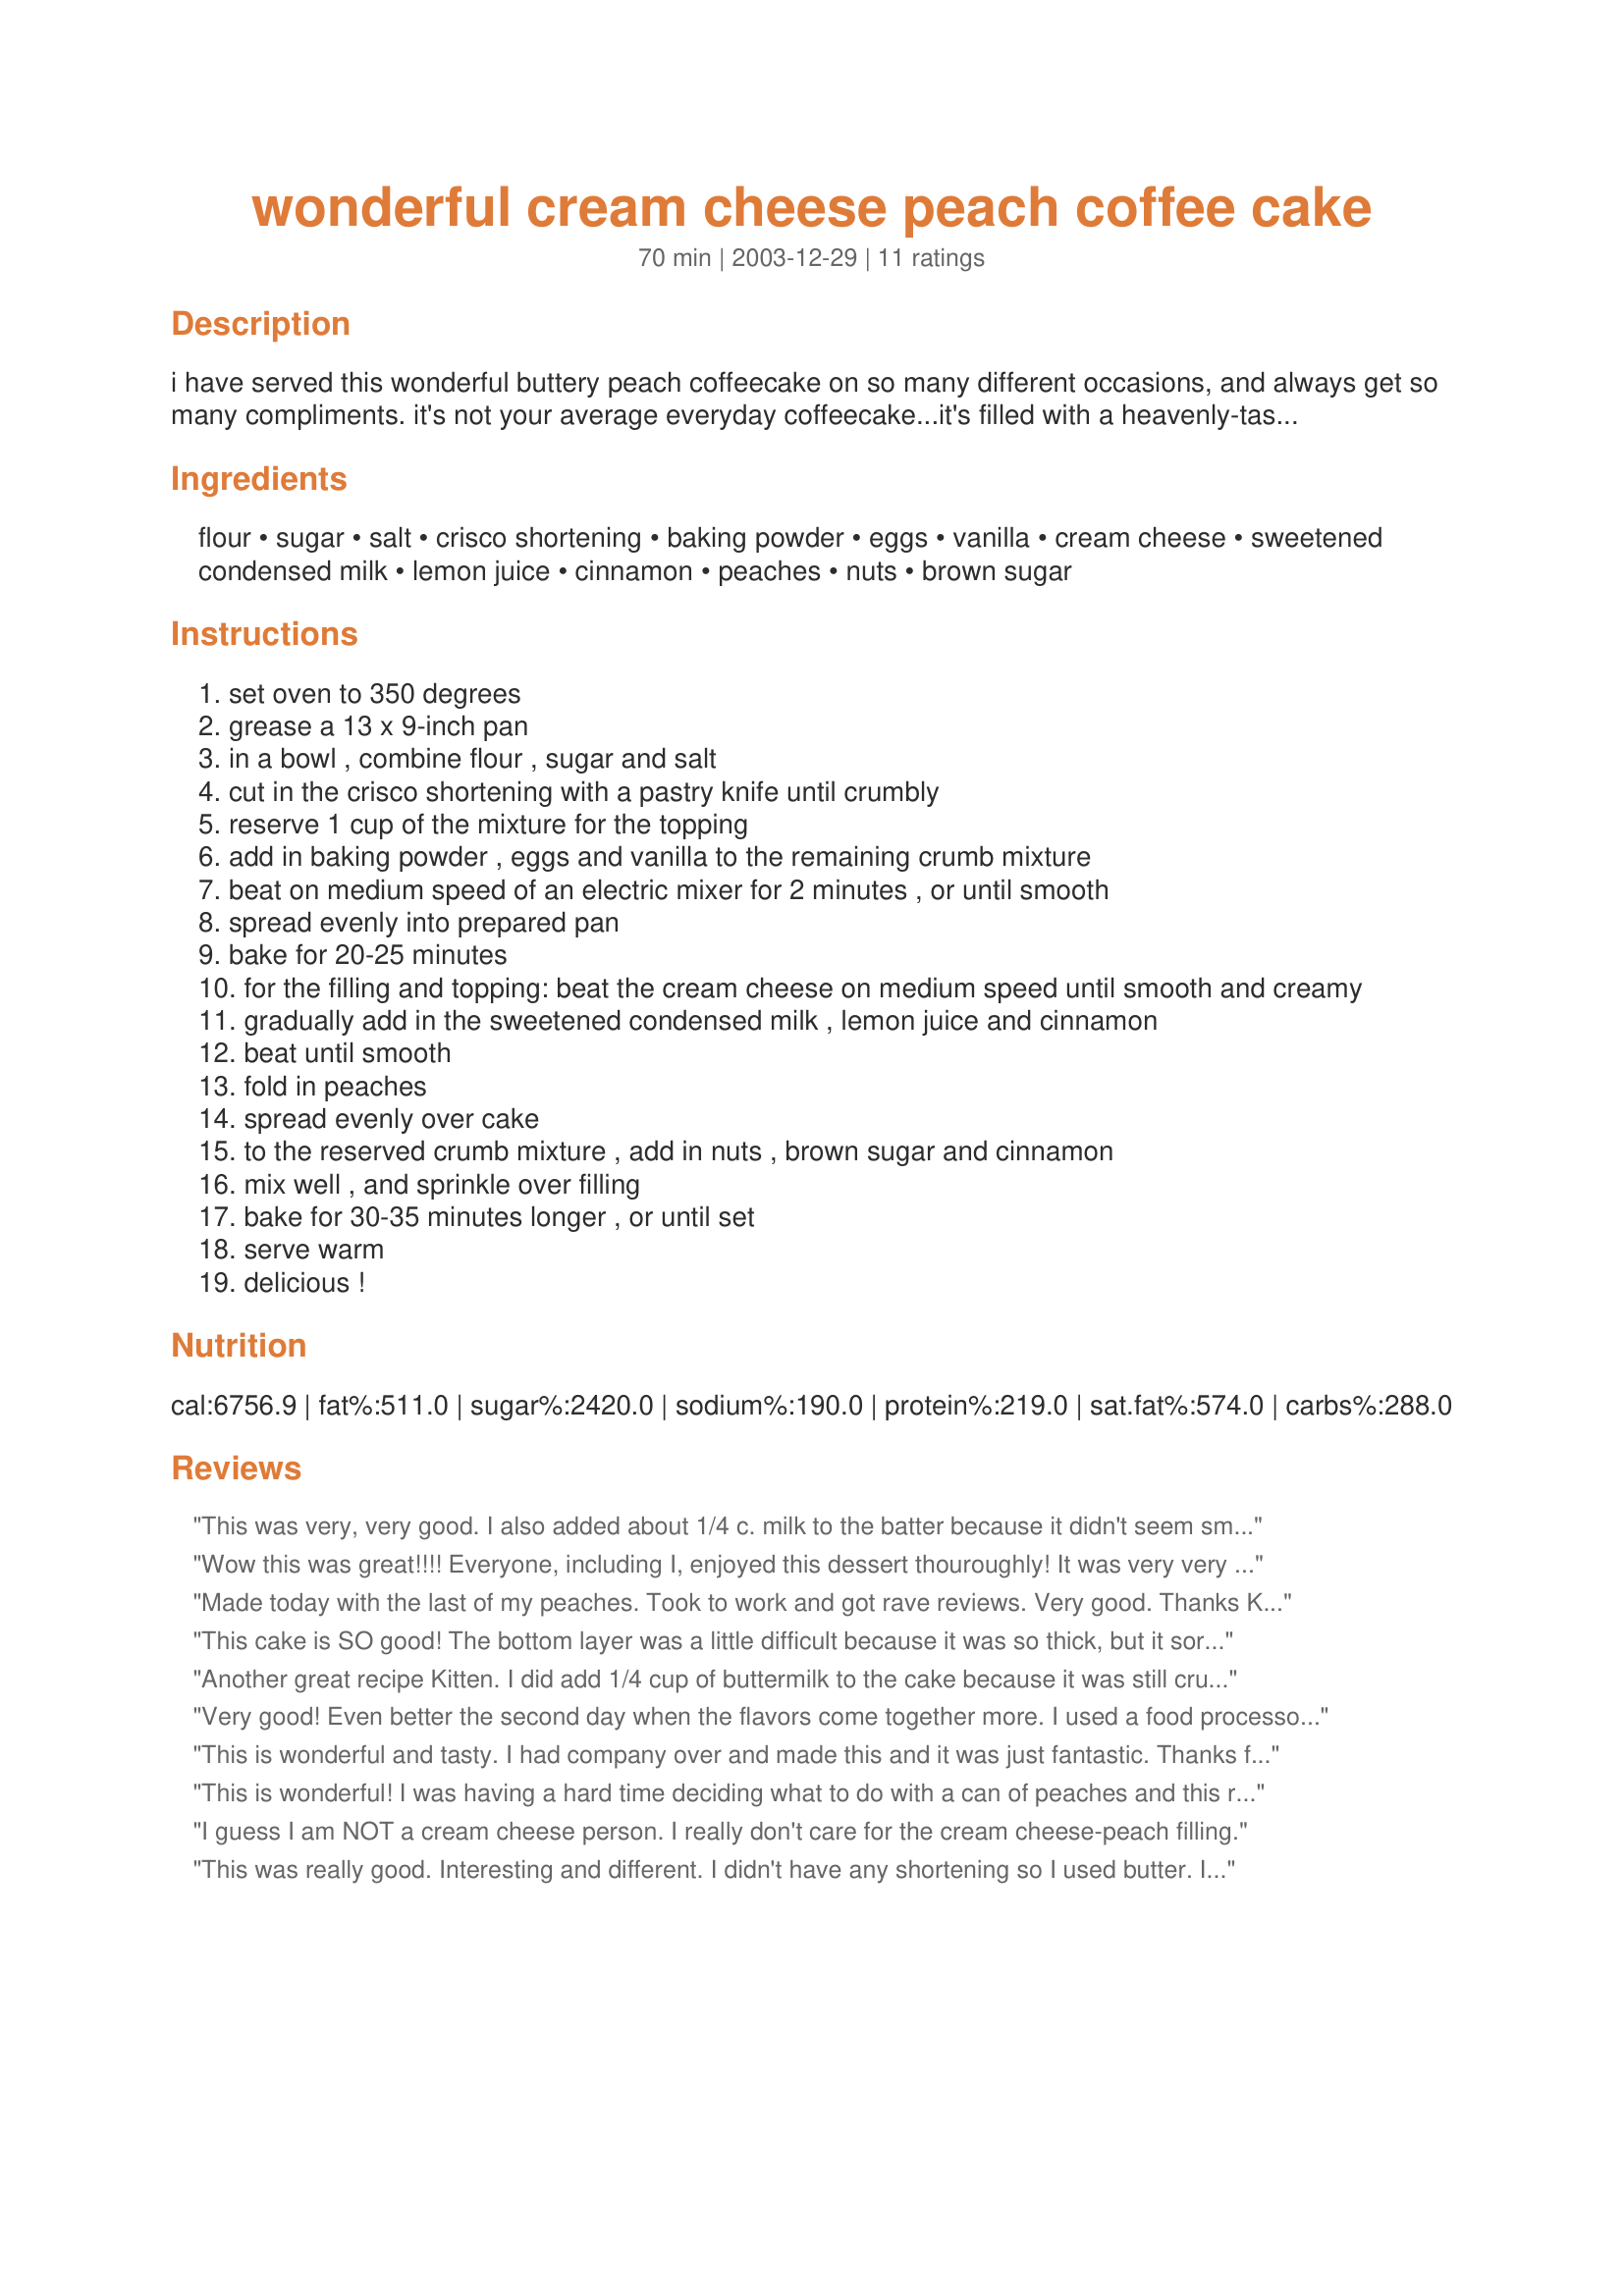
wonderful cream cheese peach coffee cake
Preparation time: 70 minutes

i have served this wonderful buttery peach coffeecake on so many different occasions, and always get so many compliments. it's not your average everyday coffeecake...it's filled with a heavenly-tasting cream cheese-peach filling, topped off with a brown sugar/cinnamon topping...to die for!

Ingredients:
flour, sugar, salt, crisco shortening, baking powder, eggs, vanilla, cream cheese, sweetened condensed milk, lemon juice, cinnamon, peaches, nuts, brown sugar

Steps:
set oven to 350 degrees
grease a 13 x 9-inch pan
in a bowl , combine flour , sugar and salt
cut in the crisco shortening with a pastry knife until crumbly
reserve 1 cup of the mixture for the topping
add in baking powder , eggs and vanilla to the remaining crumb mixture
beat on medium speed of an electric mixer for 2 minutes , or until smooth
spread evenly into prepared pan
bake for 20-25 minutes
for the filling and topping: beat the cream cheese on medium speed until smooth and creamy
gradually add in the sweetened condensed milk , lemon juice and cinnamon
beat until smooth
fold in peaches
spread evenly over cake
to the reserved crumb mixture , add in nuts , brown sugar and cinnamon
mix well , and sprinkle over filling
bake for 30-35 minutes longer , or until set
serve warm
delicious !

Reviews:
This was very, very good. I also added about 1/4 c. milk to the batter because it didn't seem smooth enough. Thanks for posting!
Wow this was great!!!! Everyone, including I, enjoyed this dessert thouroughly! It was very very very good! Even good cold! All I can say is Kittencal, thanks for another great recipe!!!!
Made today with the last of my peaches. Took to work and got rave reviews. Very good. Thanks Kitten!
This cake is SO good! The bottom layer was a little difficult because it was so thick, but it sort of evened out when I baked it so it turned out ok. I used canned peaches and chopped pecans in the topping.....YUM.
Another great recipe Kitten. I did add 1/4 cup of buttermilk to the cake because it was still crumbly and dotted the topping with butter before puttin in the oven. I will make again. Thank you.
Very good! Even better the second day when the flavors come together more. I used a food processor to make the bottom layer, I think it's easier that way.
This is wonderful and tasty.
I had company over and made this and it was just fantastic.
Thanks for sharing .
I used butter instead of shortening and it turned out just fine.
I served it with cream....hmmmmmmmmmmm :)
This is wonderful! I was having a hard time deciding what to do with a can of peaches and this recipe was perfect as I had the rest of ingredients. My BF loved it! I am taking some to work tomorrow and I am sure everyone is going to go crazy for it. Peaches and cream cheese...YUMMMMM!
I guess I am NOT a cream cheese person. I really don't care for the cream cheese-peach filling.
This was really good. Interesting and different. I didn't have any shortening so I used butter. I also didn't use any nuts. Oh- And I used 3 nectarines and 2 peaches. I thought there was a little too much topping. I'd propbably use 3/4 of cup or even less next time. 
Great one!
This really was yummy warm out of the oven (with vanilla ice cream)...BUT, my husband was eating it cold out of the fridge, and he said it was just as good, and I could make it for his birthday!
